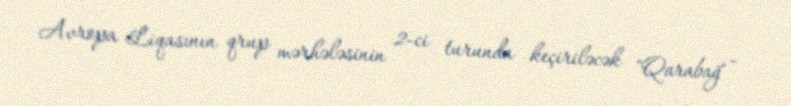
Avropa Liqasının qrup mərhələsinin 2-ci turunda keçiriləcək "Qarabağ" -